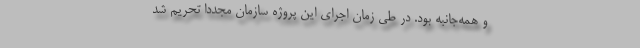
و همه‌جانبه بود. در طی زمان اجرای این پروژه سازمان مجدداً تحریم شد